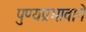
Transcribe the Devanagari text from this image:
पुण्यप्रभावाने